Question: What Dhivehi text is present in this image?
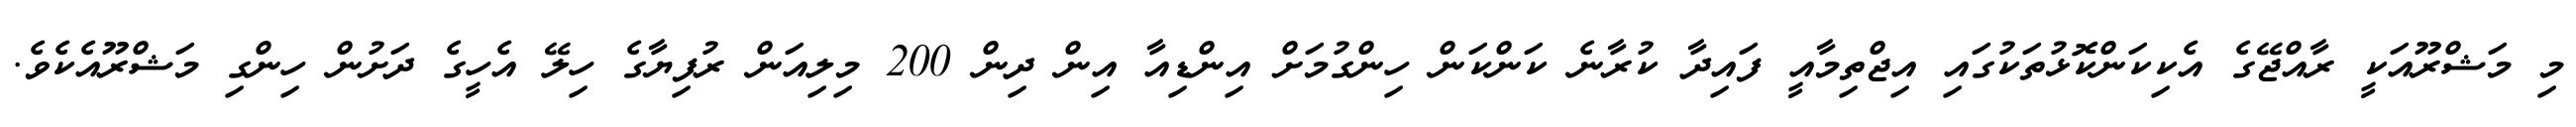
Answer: މި މަޝްރޫއަކީ ރާއްޖޭގެ އެކިކަންކޮޅުތަކުގައި އިޖްތިމާއީ ފައިދާ ކުރާނެ ކަންކަން ހިންގުމަށް އިންޑިއާ އިން ދިން 200 މިލިއަން ރުފިޔާގެ ހިލޭ އެހީގެ ދަށުން ހިންގި މަޝްރޫއެކެވެ.